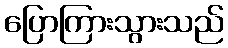
ပြောကြားသွားသည်